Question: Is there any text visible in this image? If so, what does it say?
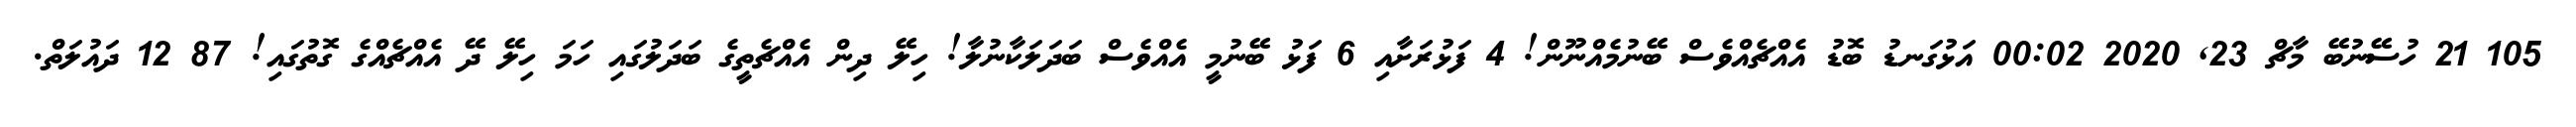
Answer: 105 21 ހުސޭނުބޭ މާޗް 23, 2020 00:02 އަޅުގަނޑު ބޮޑު އެއްޗެއްވެސް ބޭނުމެއްނޫން! 4 ފަޅުރަށާއި 6 ފަޅު ބޭނުމީ އެއްވެސް ބަދަލަކާނުލާ! ހިލޭ ދިން އެއްޗެތީގެ ބަދަލުގައި ހަމަ ހިލޭ ދޭ އެއްޗެއްގެ ގޮތުގައި! 87 12 ދައުލަތް.